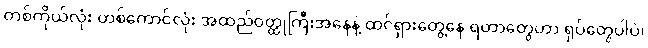
တစ်ကိုယ်လုံး တစ်ကောင်လုံး အထည်ဝတ္ထုကြီးအနေနဲ့ ထင်ရှားတွေ့နေ ရတာတွေဟာ ရုပ်တွေပါပဲ၊